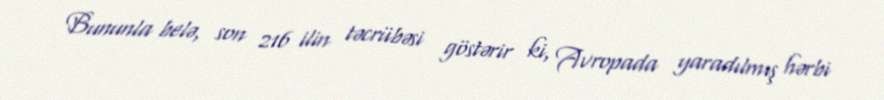
Bununla belə, son 216 ilin təcrübəsi göstərir ki, Avropada yaradılmış hərbi